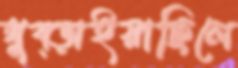
থুব্‌ড়াইয়াছিলে